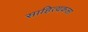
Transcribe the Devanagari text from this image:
साहित्यकला